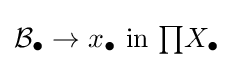
{\mathcal {B}}_{\bullet }\to x_{\bullet }{\text{ in }}{\textstyle \prod }X_{\bullet }